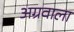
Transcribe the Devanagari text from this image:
अग्रवाला